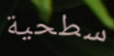
سطحية